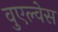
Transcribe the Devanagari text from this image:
वुएल्वेस